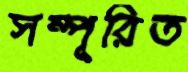
সম্পূরিত